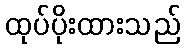
ထုပ်ပိုးထားသည်